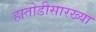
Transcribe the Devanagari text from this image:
हातोडीसारख्या